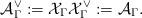
LaTeX: \begin{align*}{\mathcal A}_\Gamma^\vee :={\mathcal X}_{\Gamma} {\mathcal X}_\Gamma^\vee :={\mathcal A}_{\Gamma}.\end{align*}